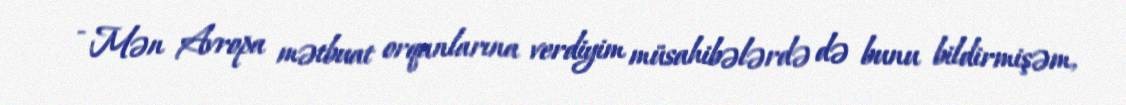
- Mən Avropa mətbuat orqanlarına verdiyim müsahibələrdə də bunu bildirmişəm,